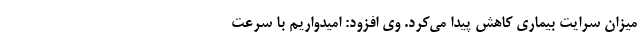
میزان سرایت بیماری کاهش پیدا می‌کرد. وی افزود: امیدواریم با سرعت